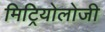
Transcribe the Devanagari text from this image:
मिट्रियोलोजी